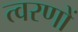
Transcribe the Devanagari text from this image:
त्वरणों